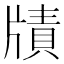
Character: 𤗮